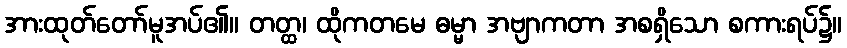
အားထုတ်တော်မူအပ်၏။ တတ္ထ၊ ထိုကတမေ ဓမ္မာ အဗျာကတာ အစရှိသော စကားရပ်၌။